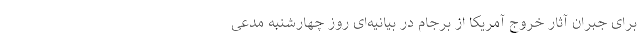
برای جبران آثار خروج آمریکا از برجام در بیانیه‌ای روز چهارشنبه مدعی